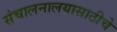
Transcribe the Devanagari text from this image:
संचालनालयासाठीचे